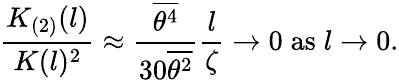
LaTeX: {\frac{K_{(2)}(l)}{K(l)^{2}}}\approx{\frac{\overline{{{\theta^{4}}}}}{30\overline{{{\theta^{2}}}}}}{\frac{l}{\zeta}}\to 0\; \mathrm{as}\; l\to 0.